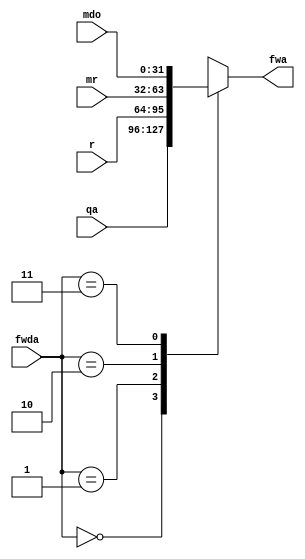
`timescale 1ns / 1ps

module fwrega(input [31:0] qa, input [31:0] r, input [31:0] mr, input [31:0] mdo, input [1:0] fwda, output reg [31:0] fwa);
    always @(*) begin
        case (fwda)
            2'b00: begin
                fwa = qa;
            end
            2'b01: begin
                fwa = r;
            end
            2'b10: begin
                fwa = mr;
            end
            2'b11: begin
                fwa = mdo;
            end
        endcase
    end
endmodule